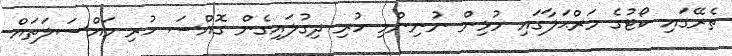
ތެރޭގައި ކޯޓުގެ މަރްޙަލާގައި މުޅިން ނުނިންމި ހުރި ދިގުލައިގެން ގޮއްސަ ހުރި މައްސަލަތައް